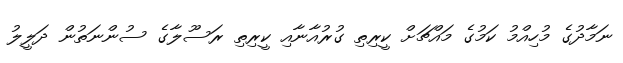
ނަމާދުގެ މުހިއްމު ކަމުގެ މައްޗަށް ކީރިތި ގުރުއާނާއި ކީރިތި ރަސޫލާގެ ސުންނަތުން ދަލީލު